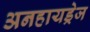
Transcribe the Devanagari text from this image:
अनहायड्रेज